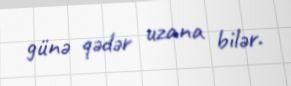
günə qədər uzana bilər.